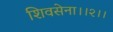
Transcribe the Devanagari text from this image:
शिवसेना।।२।।